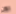
الآن